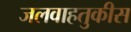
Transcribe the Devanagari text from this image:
जलवाहतुकीस